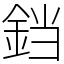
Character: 𫟰